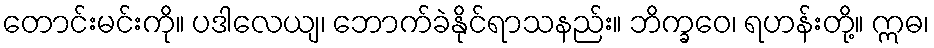
တောင်းမင်းကို။ ပဒါလေယျ၊ ဘောက်ခဲနိုင်ရာသနည်း။ ဘိက္ခဝေ၊ ရဟန်းတို့။ ဣဓ၊